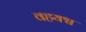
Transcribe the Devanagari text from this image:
वहयश्व